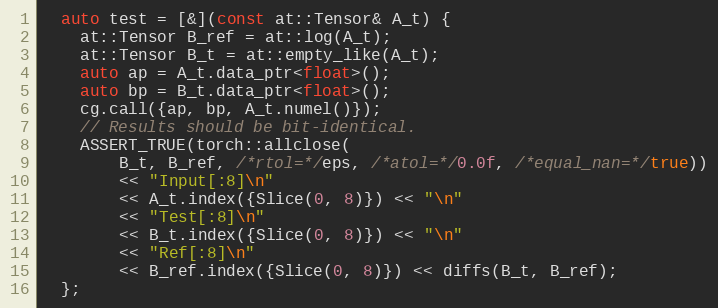
Language: C++
  auto test = [&](const at::Tensor& A_t) {
    at::Tensor B_ref = at::log(A_t);
    at::Tensor B_t = at::empty_like(A_t);
    auto ap = A_t.data_ptr<float>();
    auto bp = B_t.data_ptr<float>();
    cg.call({ap, bp, A_t.numel()});
    // Results should be bit-identical.
    ASSERT_TRUE(torch::allclose(
        B_t, B_ref, /*rtol=*/eps, /*atol=*/0.0f, /*equal_nan=*/true))
        << "Input[:8]\n"
        << A_t.index({Slice(0, 8)}) << "\n"
        << "Test[:8]\n"
        << B_t.index({Slice(0, 8)}) << "\n"
        << "Ref[:8]\n"
        << B_ref.index({Slice(0, 8)}) << diffs(B_t, B_ref);
  };